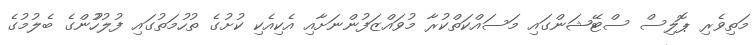
މަތިވެރި ޕޮލިސް ސްޓޭޝަންގައި މަސައްކަތްކުރާ މުވައްޒަފުންނަށާއި އެކިއެކި ކުށުގެ ތުހުމަތުގައި ފުލުހުުންގެ ބެލުމުގެ